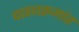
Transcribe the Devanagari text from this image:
पाठ्यक्रमांत